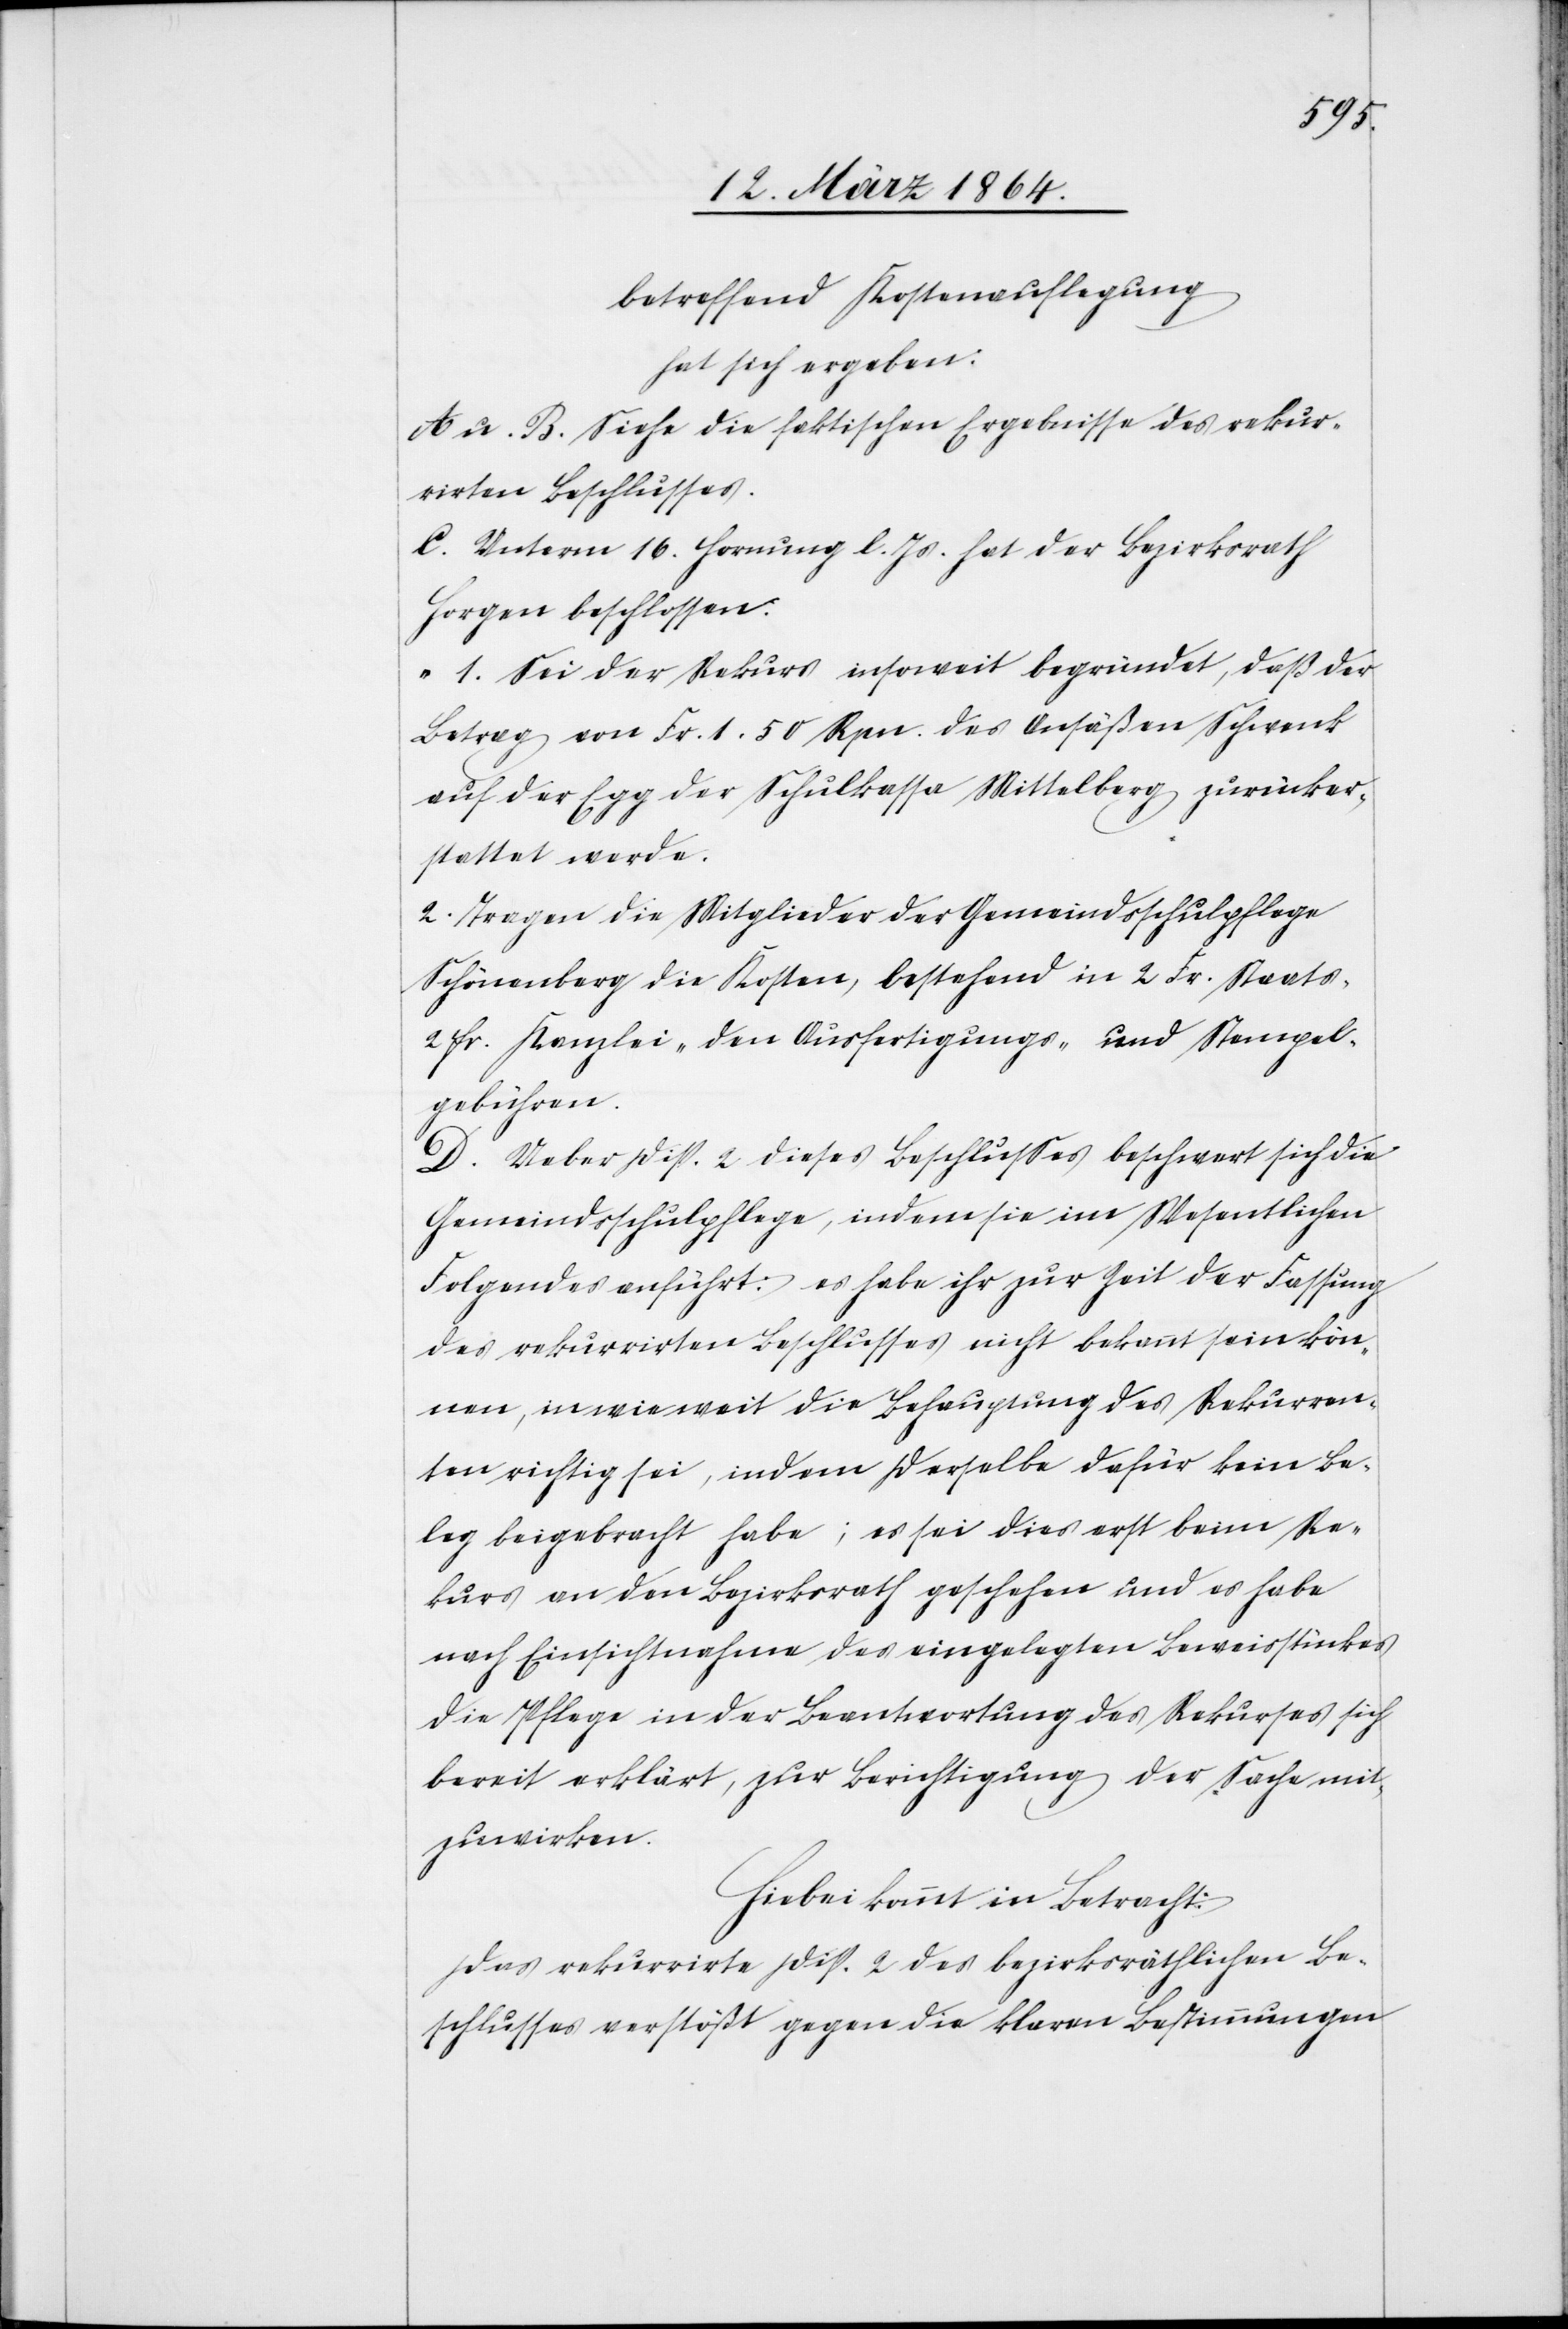
betreffend Kostenauflegung
hat sich ergeben:
A. u. B. Siehe die faktischen Ergebnisse des rekur¬
rirten Beschlusses.
C. Unterm 16. Hornung l. Js. hat der Bezirksrath
Horgen beschlossen.
1. Sei der Rekurs insoweit begründet, daß der
Betrag von Fr. 1.50 Rpn. das Ansäßen Schwenk
auf der Egg der Schulkassa Mittelberg zurücker¬
stattet werde.
2. Tragen die Mitglieder der Gemeindsschulpflege
Schönenberg die Kosten, bestehend in 2 Fr. Staats-[,]
2 fr. Kanzlei-[,] den Ausfertigungs- und Stempel¬
gebühren.
D. Ueber Disp. 2 dieses Beschlusses beschwert sich die
Gemeindsschulpflege, indem sie im Wesentlichen
Folgendes anführt: es habe ihr zur Zeit der Fassung
des rekurrirten Beschlusses nicht bekannt sein kön¬
nen, in wie weit die Behauptung des Rekurren¬
ten richtig sei, indem derselbe dafür kein Be¬
leg beigebracht habe; es sei dies erst beim Re¬
kurs an den Bezirksrath geschehen und es habe
nach Einsichtnahme des eingelegten Beweisstückes
die Pflege in der Beantwortung des Rekurses sich
bereit erklärt, zur Berichtigung der Sache mit¬
zuwirken.
Hiebei kommt in Betracht:
Das rekurrirte Disp. 2 des bezirksräthlichen Be¬
schlusses verstößt gegen die klaren Bestimmungen